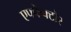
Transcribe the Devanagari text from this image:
एफ्फेक्टोर